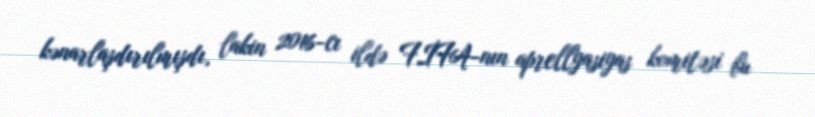
kənarlaşdırılmışdı, lakin 2016-cı ildə FİFA-nın aprellyasiyas komitəsi bu